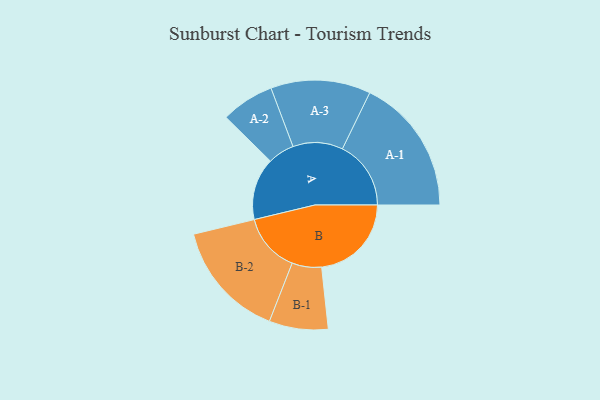
{"axis": {"x": "Segment", "y": "Value"}, "legend": ["", "A", "B"], "data": [{"x": "A", "y": 234, "type": ""}, {"x": "B", "y": 338, "type": ""}, {"x": "A-1", "y": 258, "type": "A"}, {"x": "A-2", "y": 100, "type": "A"}, {"x": "A-3", "y": 188, "type": "A"}, {"x": "B-1", "y": 111, "type": "B"}, {"x": "B-2", "y": 222, "type": "B"}]}